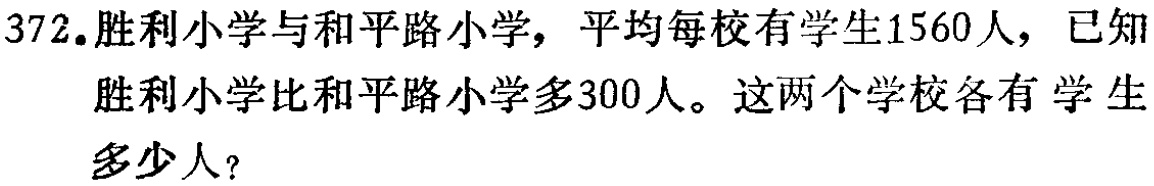
372. 胜利小学与和平路小学，平均每校有学生1560人，已知胜利小学比和平路小学多300人。这两个学校各有学生多少人？